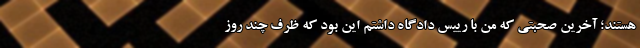
هستند؛ آخرین صحبتی که من با رییس دادگاه داشتم این بود که ظرف چند روز